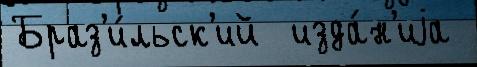
Браз'и́льск'ий  изда́н'иjа